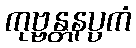
ကုဗ္ဗန္တနပ္ပကံ